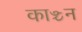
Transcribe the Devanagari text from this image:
काञ्चन